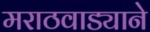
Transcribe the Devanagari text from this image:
मराठवाड्याने